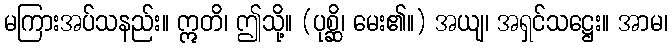
မကြားအပ်သနည်း။ ဣတိ၊ ဤသို့။ (ပုစ္ဆိ၊ မေး၏။) အယျ၊ အရှင်သဋ္ဌေး။ အာမ၊